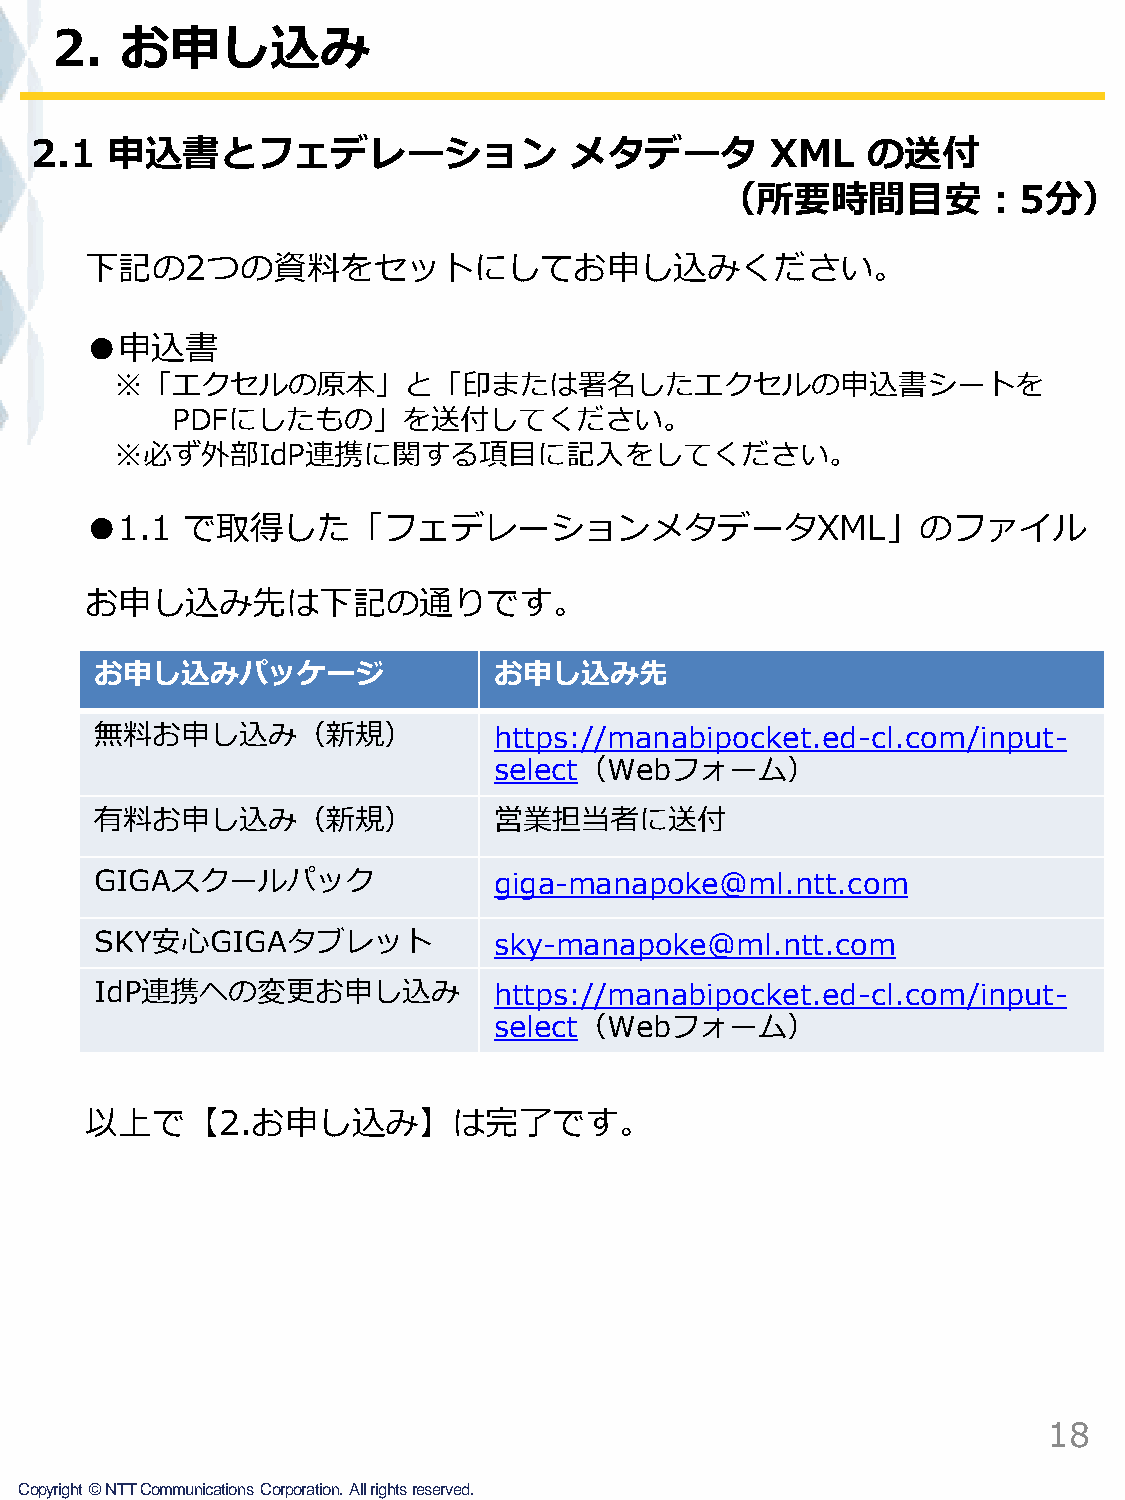
2.   お申し込み
 2.1  申込書とフェデレーション                   メタデータ        XML   の送付
 （所要時間目安：5分）
 下記の2つの資料をセットにしてお申し込みください。
 ●申込書
 ※「エクセルの原本」と「印または署名したエクセルの申込書シートを
 PDFにしたもの」を送付してください。
 ※必ず外部IdP連携に関する項目に記入をしてください。
 ●1.1  で取得した「フェデレーションメタデータXML」のファイル
 お申し込み先は下記の通りです。
 お申し込みパッケージ                 お申し込み先
 無料お申し込み（新規）                https://manabipocket.ed-cl.com/input-
 select（Webフォーム）
 有料お申し込み（新規）                営業担当者に送付
 GIGAスクールパック                giga-manapoke@ml.ntt.com
 SKY安心GIGAタブレット             sky-manapoke@ml.ntt.com
 IdP連携への変更お申し込み             https://manabipocket.ed-cl.com/input-
 select（Webフォーム）
 以上で【2.お申し込み】は完了です。
 18
 Copyright©NTTCommunicationsCorporation.Allrightsreserved.